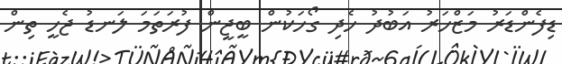
ޑިފެންޑަރު މަޒްހަރު އަބުދު ހެދި ގޯހަކުން ބީޖީން ފުރަތަމަ ލަނޑު ޖެހީ ތިން